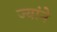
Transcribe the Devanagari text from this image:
ज्यांने